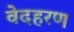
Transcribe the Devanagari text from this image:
वेदहरण